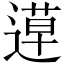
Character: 𨕡